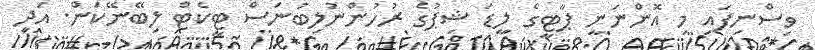
ވިސްނިފައި މި އޮންނަނީ ޕާޓީގެ ލީޑަ ޝިޕުގެ ރުހުންނުލިބުނަސް ޓީކެޓް ލިބޭނޭކަން. އަދި